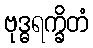
ဗုဒ္ဓရက္ခိတံ